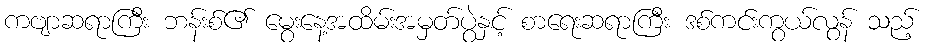
ကဗျာဆရာကြီး ဘန်းစ်၏ မွေးနေ့အထိမ်းအမှတ်ပွဲနှင့် စာရေးဆရာကြီး ဒစ်ကင်းကွယ်လွန် သည့်